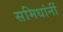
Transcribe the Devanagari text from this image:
समिधांनीं